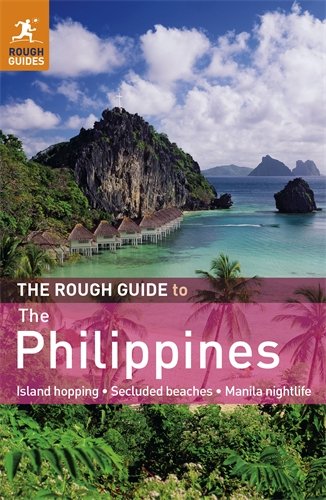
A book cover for The Rough Guide to the Philippines; David Dalton; Travel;